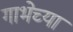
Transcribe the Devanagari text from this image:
गाभेच्या